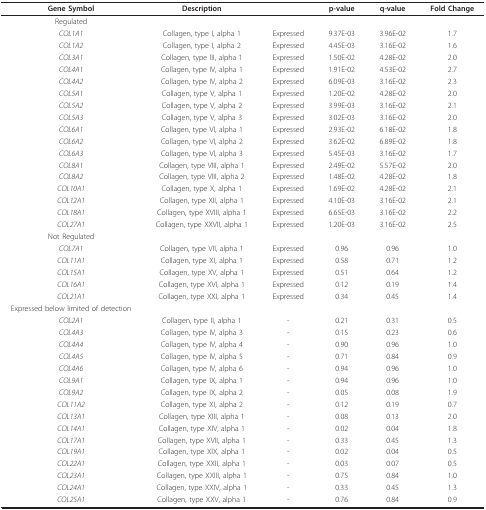
<table><thead><tr><td><b>Gene Symbol</b></td><td><b>Description</b></td><td></td><td><b>p-value</b></td><td><b>q-value</b></td><td><b>Fold Change</b></td></tr></thead><tbody><tr><td>Regulated</td><td></td><td></td><td></td><td></td><td></td></tr><tr><td><i>COL1A1</i></td><td>Collagen, type I, alpha 1</td><td>Expressed</td><td>9.37E-03</td><td>3.96E-02</td><td>1.7</td></tr><tr><td><i>COL1A2</i></td><td>Collagen, type I, alpha 2</td><td>Expressed</td><td>4.45E-03</td><td>3.16E-02</td><td>1.6</td></tr><tr><td><i>COL3A1</i></td><td>Collagen, type III, alpha 1</td><td>Expressed</td><td>1.50E-02</td><td>4.28E-02</td><td>2.0</td></tr><tr><td><i>COL4A1</i></td><td>Collagen, type IV, alpha 1</td><td>Expressed</td><td>1.91E-02</td><td>4.53E-02</td><td>2.7</td></tr><tr><td><i>COL4A2</i></td><td>Collagen, type IV, alpha 2</td><td>Expressed</td><td>6.09E-03</td><td>3.16E-02</td><td>2.3</td></tr><tr><td><i>COL5A1</i></td><td>Collagen, type V, alpha 1</td><td>Expressed</td><td>1.20E-02</td><td>4.28E-02</td><td>2.0</td></tr><tr><td><i>COL5A2</i></td><td>Collagen, type V, alpha 2</td><td>Expressed</td><td>3.99E-03</td><td>3.16E-02</td><td>2.1</td></tr><tr><td><i>COL5A3</i></td><td>Collagen, type V, alpha 3</td><td>Expressed</td><td>3.02E-03</td><td>3.16E-02</td><td>2.0</td></tr><tr><td><i>COL6A1</i></td><td>Collagen, type VI, alpha 1</td><td>Expressed</td><td>2.93E-02</td><td>6.18E-02</td><td>1.8</td></tr><tr><td><i>COL6A2</i></td><td>Collagen, type VI, alpha 2</td><td>Expressed</td><td>3.62E-02</td><td>6.89E-02</td><td>1.8</td></tr><tr><td><i>COL6A3</i></td><td>Collagen, type VI, alpha 3</td><td>Expressed</td><td>5.45E-03</td><td>3.16E-02</td><td>1.7</td></tr><tr><td><i>COL8A1</i></td><td>Collagen, type VIII, alpha 1</td><td>Expressed</td><td>2.49E-02</td><td>5.57E-02</td><td>2.0</td></tr><tr><td><i>COL8A2</i></td><td>Collagen, type VIII, alpha 2</td><td>Expressed</td><td>1.48E-02</td><td>4.28E-02</td><td>1.8</td></tr><tr><td><i>COL10A1</i></td><td>Collagen, type X, alpha 1</td><td>Expressed</td><td>1.69E-02</td><td>4.28E-02</td><td>2.1</td></tr><tr><td><i>COL12A1</i></td><td>Collagen, type XII, alpha 1</td><td>Expressed</td><td>4.10E-03</td><td>3.16E-02</td><td>2.1</td></tr><tr><td><i>COL18A1</i></td><td>Collagen, type XVIII, alpha 1</td><td>Expressed</td><td>6.65E-03</td><td>3.16E-02</td><td>2.2</td></tr><tr><td><i>COL27A1</i></td><td>Collagen, type XXVII, alpha 1</td><td>Expressed</td><td>1.20E-03</td><td>3.16E-02</td><td>2.5</td></tr><tr><td>Not Regulated</td><td></td><td></td><td></td><td></td><td></td></tr><tr><td><i>COL7A1</i></td><td>Collagen, type VII, alpha 1</td><td>Expressed</td><td>0.96</td><td>0.96</td><td>1.0</td></tr><tr><td><i>COL11A1</i></td><td>Collagen, type XI, alpha 1</td><td>Expressed</td><td>0.58</td><td>0.71</td><td>1.2</td></tr><tr><td><i>COL15A1</i></td><td>Collagen, type XV, alpha 1</td><td>Expressed</td><td>0.51</td><td>0.64</td><td>1.2</td></tr><tr><td><i>COL16A1</i></td><td>Collagen, type XVI, alpha 1</td><td>Expressed</td><td>0.12</td><td>0.19</td><td>1.4</td></tr><tr><td><i>COL21A1</i></td><td>Collagen, type XXI, alpha 1</td><td>Expressed</td><td>0.34</td><td>0.45</td><td>1.4</td></tr><tr><td>Expressed below limited of detection</td><td></td><td></td><td></td><td></td><td></td></tr><tr><td><i>COL2A1</i></td><td>Collagen, type II, alpha 1</td><td>-</td><td>0.21</td><td>0.31</td><td>0.5</td></tr><tr><td><i>COL4A3</i></td><td>Collagen, type IV, alpha 3</td><td>-</td><td>0.15</td><td>0.23</td><td>0.6</td></tr><tr><td><i>COL4A4</i></td><td>Collagen, type IV, alpha 4</td><td>-</td><td>0.90</td><td>0.96</td><td>1.0</td></tr><tr><td><i>COL4A5</i></td><td>Collagen, type IV, alpha 5</td><td>-</td><td>0.71</td><td>0.84</td><td>0.9</td></tr><tr><td><i>COL4A6</i></td><td>Collagen, type IV, alpha 6</td><td>-</td><td>0.94</td><td>0.96</td><td>1.0</td></tr><tr><td><i>COL9A1</i></td><td>Collagen, type IX, alpha 1</td><td>-</td><td>0.94</td><td>0.96</td><td>1.0</td></tr><tr><td><i>COL9A2</i></td><td>Collagen, type IX, alpha 2</td><td>-</td><td>0.05</td><td>0.08</td><td>1.9</td></tr><tr><td><i>COL11A2</i></td><td>Collagen, type XI, alpha 2</td><td>-</td><td>0.12</td><td>0.19</td><td>0.7</td></tr><tr><td><i>COL13A1</i></td><td>Collagen, type XIII, alpha 1</td><td>-</td><td>0.08</td><td>0.13</td><td>2.0</td></tr><tr><td><i>COL14A1</i></td><td>Collagen, type XIV, alpha 1</td><td>-</td><td>0.02</td><td>0.04</td><td>1.8</td></tr><tr><td><i>COL17A1</i></td><td>Collagen, type XVII, alpha 1</td><td>-</td><td>0.33</td><td>0.45</td><td>1.3</td></tr><tr><td><i>COL19A1</i></td><td>Collagen, type XIX, alpha 1</td><td>-</td><td>0.02</td><td>0.04</td><td>0.5</td></tr><tr><td><i>COL22A1</i></td><td>Collagen, type XXII, alpha 1</td><td>-</td><td>0.03</td><td>0.07</td><td>0.5</td></tr><tr><td><i>COL23A1</i></td><td>Collagen, type XXIII, alpha 1</td><td>-</td><td>0.75</td><td>0.84</td><td>1.0</td></tr><tr><td><i>COL24A1</i></td><td>Collagen, type XXIV, alpha 1</td><td>-</td><td>0.33</td><td>0.45</td><td>1.3</td></tr><tr><td><i>COL25A1</i></td><td>Collagen, type XXV, alpha 1</td><td>-</td><td>0.76</td><td>0.84</td><td>0.9</td></tr></tbody></table>